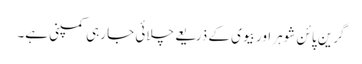
گرین پائن شوہر اور بیوی کے ذریعے چلائی جا رہی کمپنی ہے۔